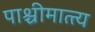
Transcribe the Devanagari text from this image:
पाश्चीमात्त्य